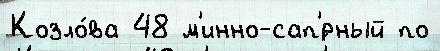
Козло́ва 48 м'инно-сап'́рный по